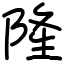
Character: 隆